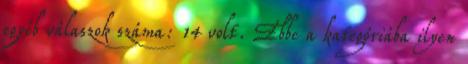
egyéb válaszok száma: 14 volt. Ebbe a kategóriába ilyen